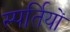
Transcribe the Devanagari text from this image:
स्पर्तियों